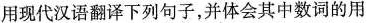
用现代汉语翻译下列句子，并体会其中数词的用